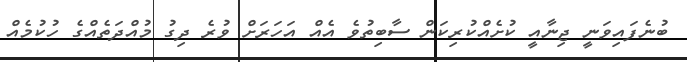
ބުނެފައިވަނީ ޖިނާއީ ކުށެއްކުރިކަން ސާބިތުވެ އެއް އަހަރަށް ވުރެ ދިގު މުއްދަތެއްގެ ހުކުމެއް